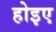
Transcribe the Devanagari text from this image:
होइए